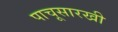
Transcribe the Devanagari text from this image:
पाचूसारखी